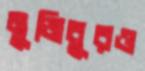
মুজিবুরও